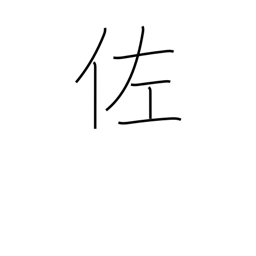
Meaning: assistant